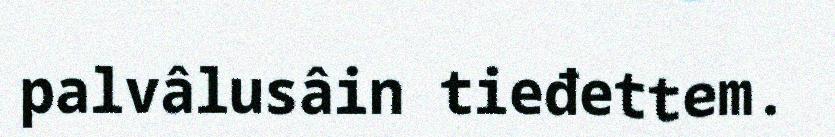
palvâlusâin tieđettem.